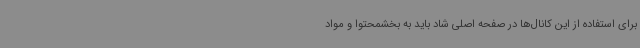
برای استفاده از این کانال‌ها در صفحه اصلی شاد باید به بخشمحتوا و مواد